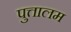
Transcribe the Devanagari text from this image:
पुत्तालम